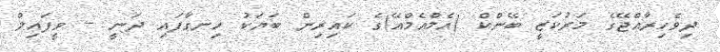
ދިވެހިރާއްޖޭގެ މަރުކަޒީ ބޭންކް (އެމްއެމްއޭ)ގެ ކައިރިން ބަޔަކު ހިނގާފައި ދަނީ -- ވީފައިލް